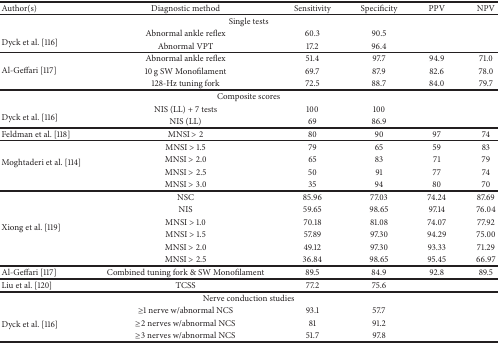
<table><thead><tr><td><b>Author(s)</b></td><td><b>Diagnostic method</b></td><td><b>Sensitivity</b></td><td><b>Specificity</b></td><td><b>PPV</b></td><td><b>NPV</b></td></tr></thead><tbody><tr><td colspan="6">Single tests</td></tr><tr><td rowspan="2"> Dyck et al. [116] </td><td>Abnormal ankle reflex</td><td>60.3</td><td>90.5</td><td> </td><td> </td></tr><tr><td>Abnormal VPT</td><td>17.2</td><td>96.4</td><td> </td><td> </td></tr><tr><td rowspan="3">Al-Geffari [117] </td><td>Abnormal ankle reflex</td><td>51.4</td><td>97.7</td><td>94.9</td><td>71.0</td></tr><tr><td>10 g SW Monofilament</td><td>69.7</td><td>87.9</td><td>82.6</td><td>78.0</td></tr><tr><td>128-Hz tuning fork</td><td>72.5</td><td>88.7</td><td>84.0</td><td>79.7</td></tr><tr><td colspan="6">Composite scores</td></tr><tr><td rowspan="2"> Dyck et al. [116] </td><td>NIS (LL) + 7 tests</td><td>100</td><td>100</td><td> </td><td> </td></tr><tr><td>NIS (LL)</td><td>69</td><td>86.9</td><td> </td><td> </td></tr><tr><td> Feldman et al. [118]</td><td>MNSI &gt; 2</td><td>80</td><td>90</td><td>97</td><td>74</td></tr><tr><td rowspan="4"> Moghtaderi et al. [114]</td><td>MNSI &gt; 1.5</td><td>79</td><td>65</td><td>59</td><td>83</td></tr><tr><td>MNSI &gt; 2.0</td><td>65</td><td>83</td><td>71</td><td>79</td></tr><tr><td>MNSI &gt; 2.5</td><td>50</td><td>91</td><td>77</td><td>74</td></tr><tr><td>MNSI &gt; 3.0</td><td>35</td><td>94</td><td>80</td><td>70</td></tr><tr><td rowspan="6"> Xiong et al. [119]</td><td>NSC</td><td>85.96</td><td>77.03</td><td>74.24</td><td>87.69</td></tr><tr><td>NIS</td><td>59.65</td><td>98.65</td><td>97.14</td><td>76.04</td></tr><tr><td>MNSI &gt; 1.0</td><td>70.18</td><td>81.08</td><td>74.07</td><td>77.92</td></tr><tr><td>MNSI &gt; 1.5</td><td>57.89</td><td>97.30</td><td>94.29</td><td>75.00</td></tr><tr><td>MNSI &gt; 2.0</td><td>49.12</td><td>97.30</td><td>93.33</td><td>71.29</td></tr><tr><td>MNSI &gt; 2.5</td><td>36.84</td><td>98.65</td><td>95.45</td><td>66.97</td></tr><tr><td>Al-Geffari [117]</td><td>Combined tuning fork &amp; SW Monofilament</td><td>89.5</td><td>84.9</td><td>92.8</td><td>89.5</td></tr><tr><td> Liu et al. [120]</td><td>TCSS</td><td>77.2</td><td>75.6</td><td> </td><td> </td></tr><tr><td colspan="6">Nerve conduction studies</td></tr><tr><td rowspan="3"> Dyck et al. [116]</td><td>≥1 nerve w/abnormal NCS</td><td>93.1</td><td>57.7</td><td> </td><td> </td></tr><tr><td>≥2 nerves w/abnormal NCS</td><td>81</td><td>91.2</td><td> </td><td> </td></tr><tr><td>≥3 nerves w/abnormal NCS</td><td>51.7</td><td>97.8</td><td> </td><td> </td></tr></tbody></table>